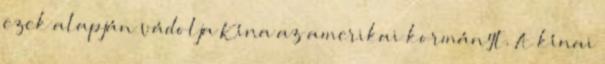
ezek alapján vádolja Kína az amerikai kormányt. A kínai